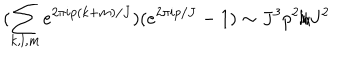
( \sum _ { k , l , m } e ^ { 2 \pi i p ( k + m ) / J } ) ( e ^ { 2 \pi i p / J } - 1 ) \sim J ^ { 3 } p ^ { 2 } / J ^ { 2 }